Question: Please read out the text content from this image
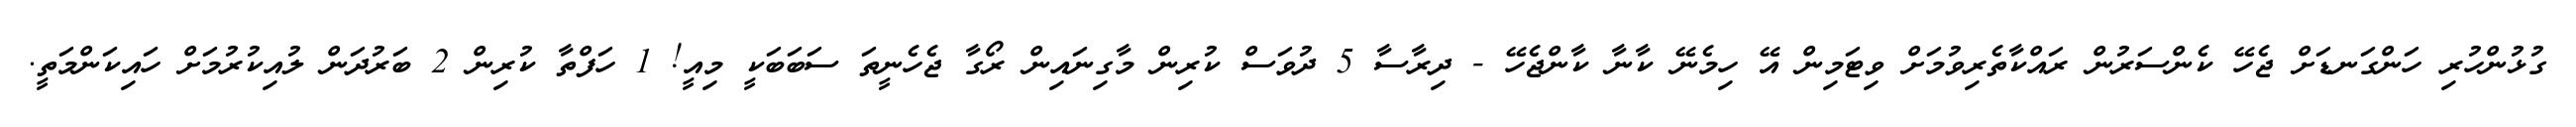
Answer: ގުޅުންހުރި ހަންގަނޑަށް ޖެހޭ ކެންސަރުން ރައްކާތެރިވުމަށް ވިޓަމިން އޭ ހިމެނޭ ކާނާ ކާންޖެހޭ - ދިރާސާ 5 ދުވަސް ކުރިން މާގިނައިން ރޯގާ ޖެހެނީތަ ސަބަބަކީ މިއީ! 1 ހަފްތާ ކުރިން 2 ބަރުދަން ލުއިކުރުމަށް ހައިކަންމަތީ.